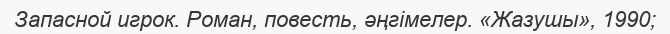
Запасной игрок. Роман, повесть, әңгімелер. «Жазушы», 1990;